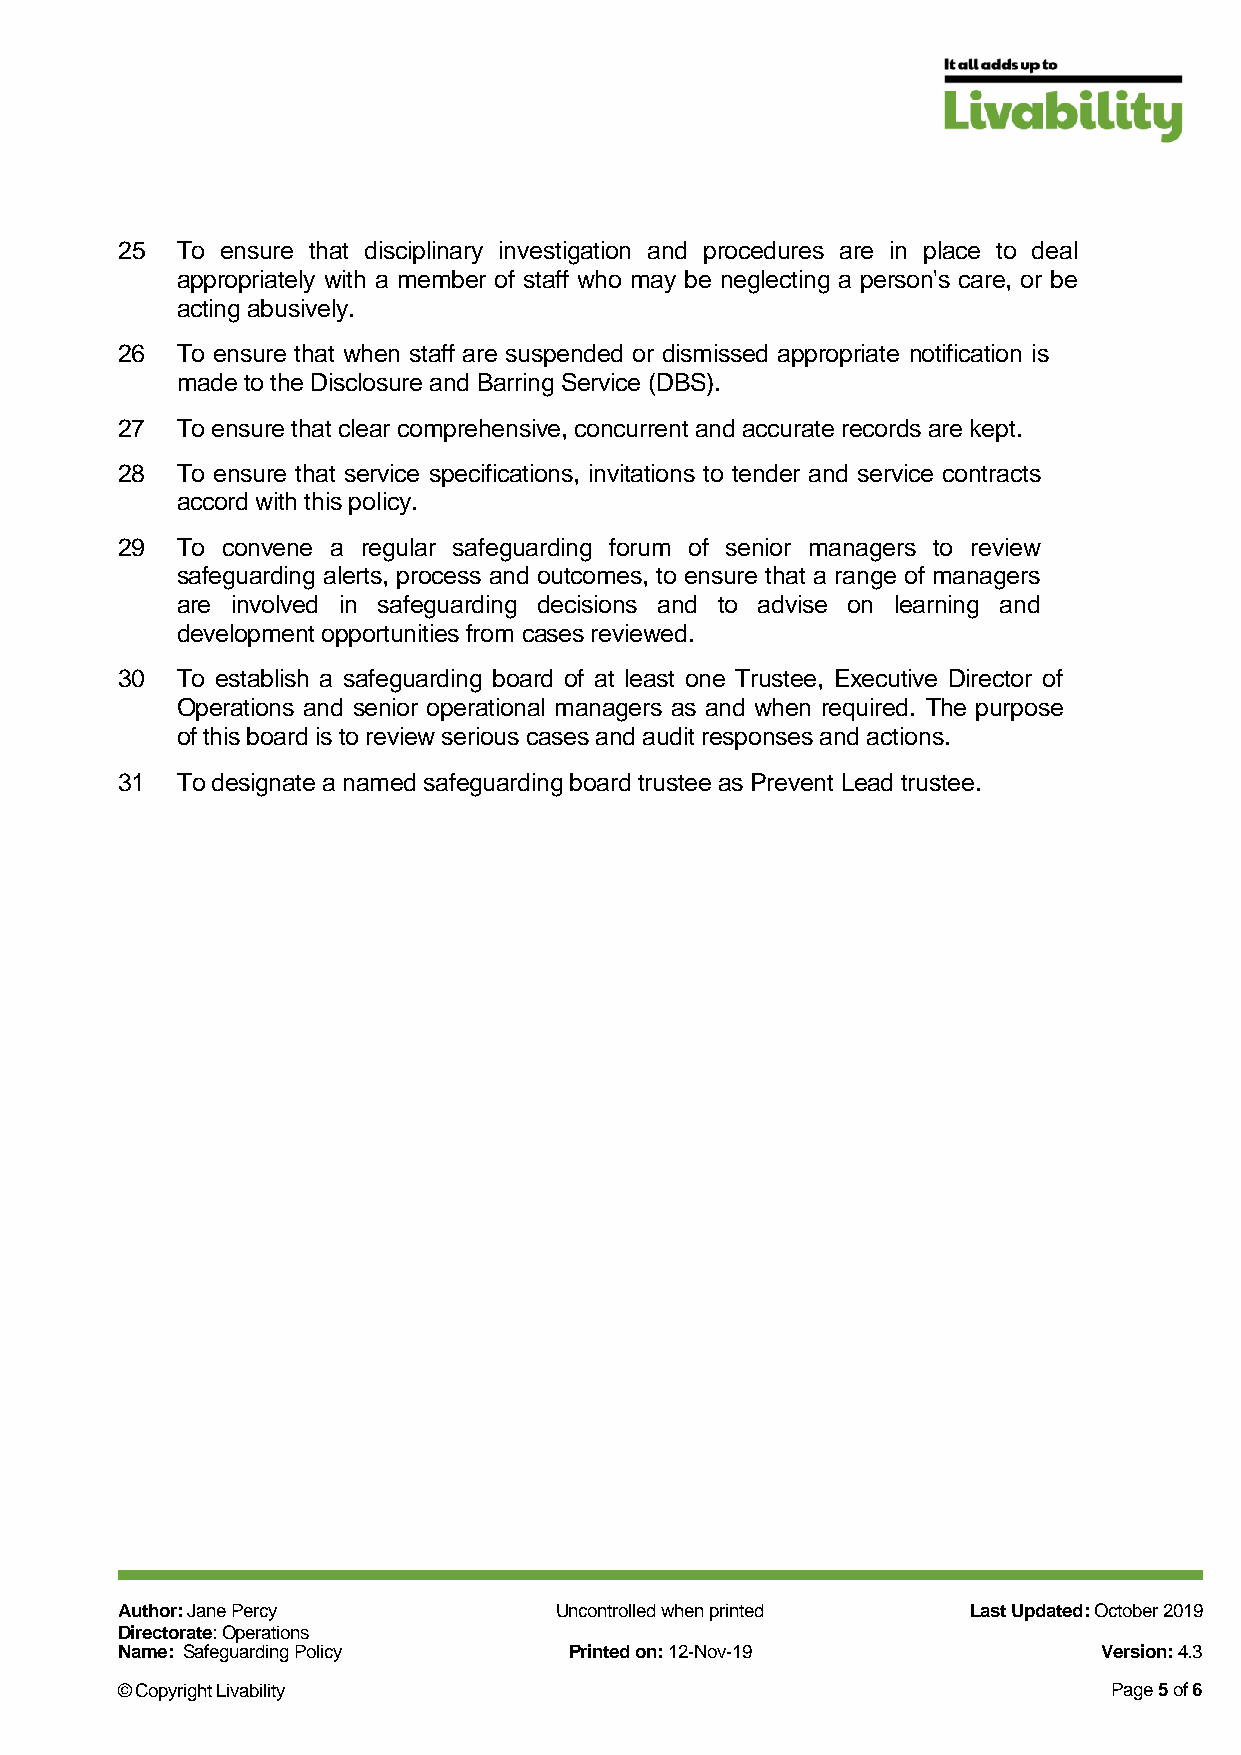
25  To ensure that disciplinary investigation and procedures are in place to deal
 appropriately with a member of staff who may be neglecting a person's care, or be
 acting abusively.
 26  To ensure that when staff are suspended or dismissed appropriate notification is
 made to the Disclosure and Barring Service (DBS).
 27  To ensure that clear comprehensive, concurrent and accurate records are kept.
 28  To ensure that service specifications, invitations to tender and service contracts
 accord with this policy.
 29  To convene a regular safeguarding forum of senior managers to review
 safeguarding alerts, process and outcomes, to ensure that a range of managers
 are involved in safeguarding decisions and to advise on learning and
 development opportunities from cases reviewed.
 30  To establish a safeguarding board of at least one Trustee, Executive Director of
 Operations and senior operational managers as and when required. The purpose
 of this board is to review serious cases and audit responses and actions.
 31  To designate a named safeguarding board trustee as Prevent Lead trustee.
 Author: Jane Percy           Uncontrolled when printed  Last Updated: October 2019
 Directorate: Operations
 Name: Safeguarding Policy     Printed on: 12-Nov-19              Version: 4.3
 © Copyright Livability                                            Page 5 of 6